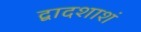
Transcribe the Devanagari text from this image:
द्वादशाशं